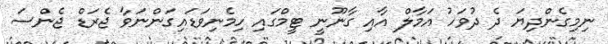
ނިމިގެންދިޔަ ދެ ދުވަހު އަމާލް އާއި ގާނޫނީ ޓީމްގައި ހިމެނިވަޑައިގަންނަވާ ޖެރަޑް ޖެންސަ